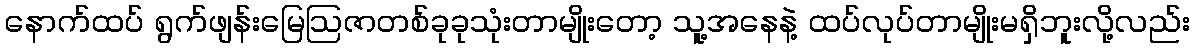
နောက်ထပ် ရွက်ဖျန်းမြေဩဇာတစ်ခုခုသုံးတာမျိုးတော့ သူ့အနေနဲ့ ထပ်လုပ်တာမျိုးမရှိဘူးလို့လည်း